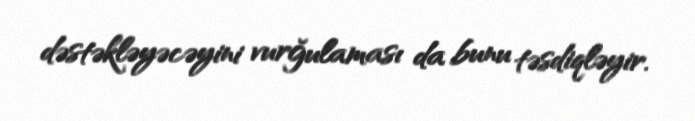
dəstəkləyəcəyini vurğulaması da bunu təsdiqləyir.